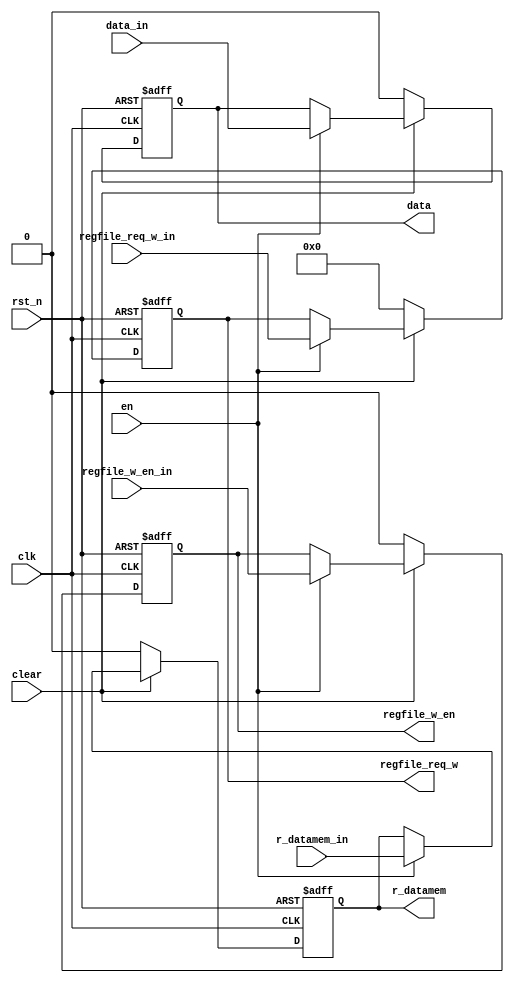
module SynPS4(
    input clk,
    input rst_n,
    input en,       
    input clear,
    input data_in,
    input regfile_w_en_in,
    input [4:0] regfile_req_w_in,
    input r_datamem_in,
    output reg data,
    output reg regfile_w_en,
    output reg [4:0] regfile_req_w,
    output reg r_datamem
);
    always @(posedge clk, negedge rst_n) begin
        if (!rst_n) begin 
            data <= 0;
            regfile_w_en <= 0;
            regfile_req_w <= 0;
            r_datamem <= 0;
        end else if(!clear) begin
            data <= 0;
            regfile_w_en <= 0;
            regfile_req_w <= 0;
            r_datamem <= 0;
        end else if(en) begin
            data <= data_in;
            regfile_w_en <= regfile_w_en_in;
            regfile_req_w <= regfile_req_w_in;
            r_datamem <= r_datamem_in;
        end
    end
endmodule